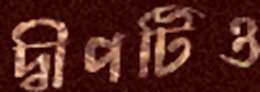
দ্বীপটিও